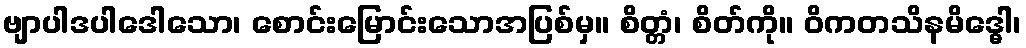
ဗျာပါဒပါဒေါသော၊ စောင်းမြောင်းသောအပြစ်မှ။ စိတ္တံ၊ စိတ်ကို။ ဝိကတသိနမိဒ္ဓေါ၊